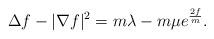
LaTeX: \begin{align*}\Delta f-|\nabla f|^{2} = m\lambda-m\mu e^{\frac{2f}{m}}.\end{align*}